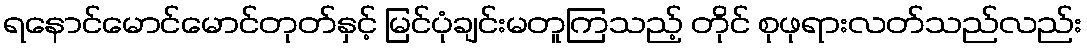
ရနောင်မောင်မောင်တုတ်နှင့် မြင်ပုံချင်းမတူကြသည့် တိုင် စုဖုရားလတ်သည်လည်း